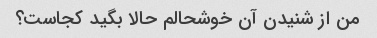
من از شنیدن آن خوشحالم حالا بگید کجاست؟